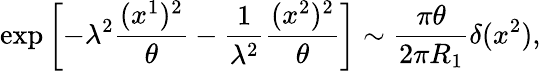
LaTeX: \exp\left[-\lambda^{2}\frac{(x^{1})^{2}}{\theta}-\frac{1}{\lambda^{2}}\frac{(x^{2})^{2}}{\theta}\right]\sim\frac{\pi\theta}{2\pi R_{1}}\delta(x^{2}),